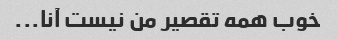
خوب همه تقصیر من نیست آنا...